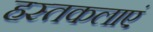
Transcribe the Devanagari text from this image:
हस्तकलाएं